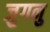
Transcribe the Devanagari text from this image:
जुगनु